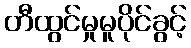
တီထွင်မှုမူပိုင်ခွင့်